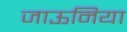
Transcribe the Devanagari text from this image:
जाऊनिया